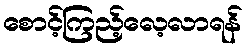
စောင့်ကြည့်လေ့လာရန်